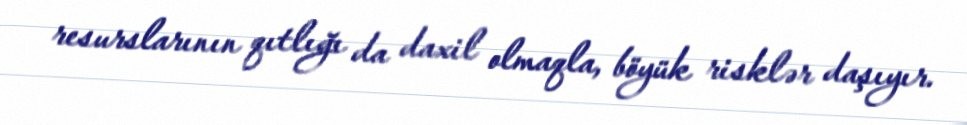
resurslarının qıtlığı da daxil olmaqla, böyük risklər daşıyır.